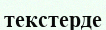
текстерде